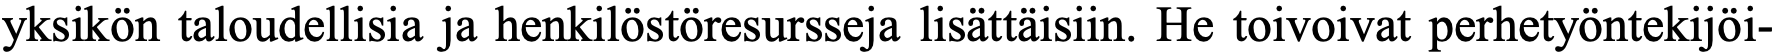
yksikön taloudellisia ja henkilöstöresursseja lisättäisiin. He toivoivat perhetyöntekijöi-